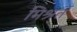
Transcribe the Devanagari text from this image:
मिश्रत